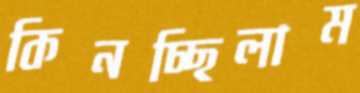
কিনচ্ছিলাম